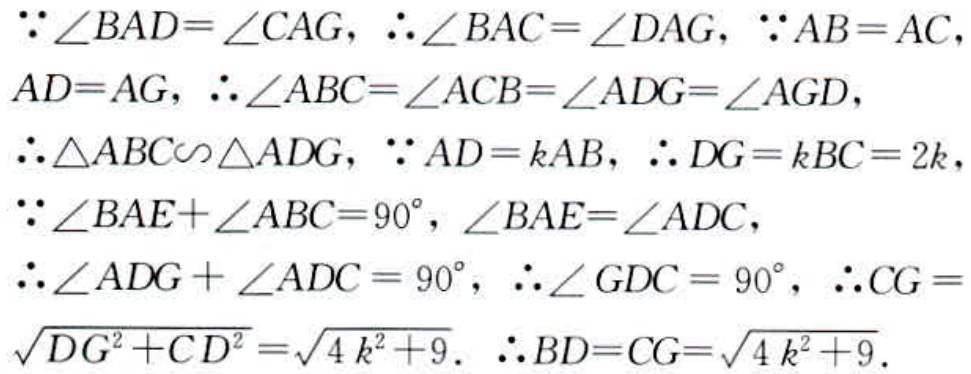
\(\because \angle BAD = \angle CAG, \therefore \angle BAC = \angle DAG, \because AB = AC, AD = AG, \therefore \angle ABC = \angle ACB = \angle ADG = \angle AGD, \therefore \triangle ABC \backsim \triangle ADG, \because AD = kAB, \therefore DG = kBC = 2k, \because \angle BAE + \angle ABC = 90^{\circ}, \angle BAE = \angle ADC, \therefore \angle ADG + \angle ADC = 90^{\circ}, \therefore \angle GDC = 90^{\circ}, \therefore CG = \sqrt{DG^{2} + CD^{2}} = \sqrt{4k^{2} + 9}. \therefore BD = CG = \sqrt{4k^{2} + 9}.\)